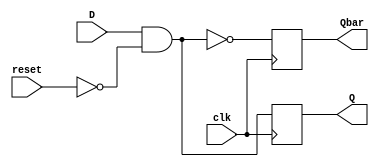
module d_flip_flop(D, clk, reset, Q, Qbar);
    input wire D, clk, reset;
    output reg Q, Qbar;

    always @(posedge clk) begin
      Q = D & ~reset;
      Qbar = ~Q;
    end
endmodule